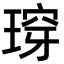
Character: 瑏